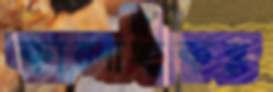
কালাইকর